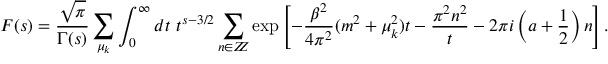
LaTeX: { \cal F } ( s ) = \frac { \sqrt { \pi } } { \Gamma ( s ) } \sum _ { \mu _ { k } } \int _ { 0 } ^ { \infty } d t ~ t ^ { s - 3 / 2 } \sum _ { n \in Z \! \! \! Z } \exp \left[ - \frac { \beta ^ { 2 } } { 4 \pi ^ { 2 } } ( m ^ { 2 } + \mu _ { k } ^ { 2 } ) t - \frac { \pi ^ { 2 } n ^ { 2 } } { t } - 2 \pi i \left( a + \frac { 1 } { 2 } \right) n \right] .